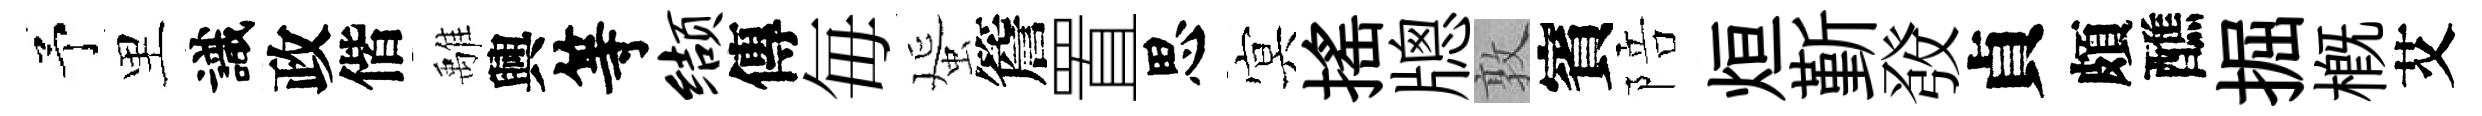
予里識政偕𩀌興等缬傳毎蜑簷置思㝠揺牕敦賓陪烜斳𤼲貞頗醮掘槪艾